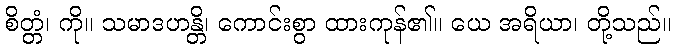
စိတ္တံ၊ ကို။ သမာဒဟန္တိ၊ ကောင်းစွာ ထားကုန်၏။ ယေ အရိယာ၊ တို့သည်။